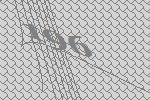
196